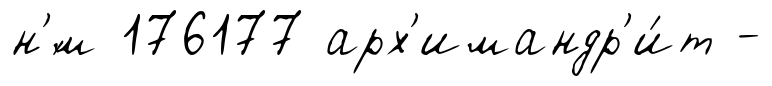
н'́м 176177 арх'имандр'и́т -